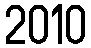
2010